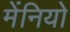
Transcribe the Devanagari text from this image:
मेंनियो